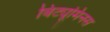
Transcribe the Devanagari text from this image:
बिट्यूमिनस